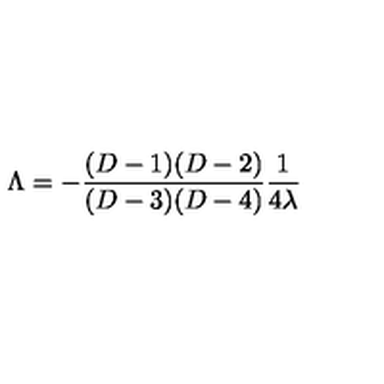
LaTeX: \Lambda = - { \frac { ( D - 1 ) ( D - 2 ) } { ( D - 3 ) ( D - 4 ) } } { \frac { 1 } { 4 \lambda } }